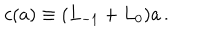
LaTeX: c ( a ) \equiv ( L _ { - 1 } + L _ { 0 } ) a \, .